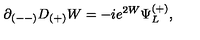
\partial _ { ( -- ) } D _ { ( + ) } W = - i e ^ { 2 W } \Psi _ { L } ^ { ( + ) } , \qquad